Scottish Certificate of Education, 1963
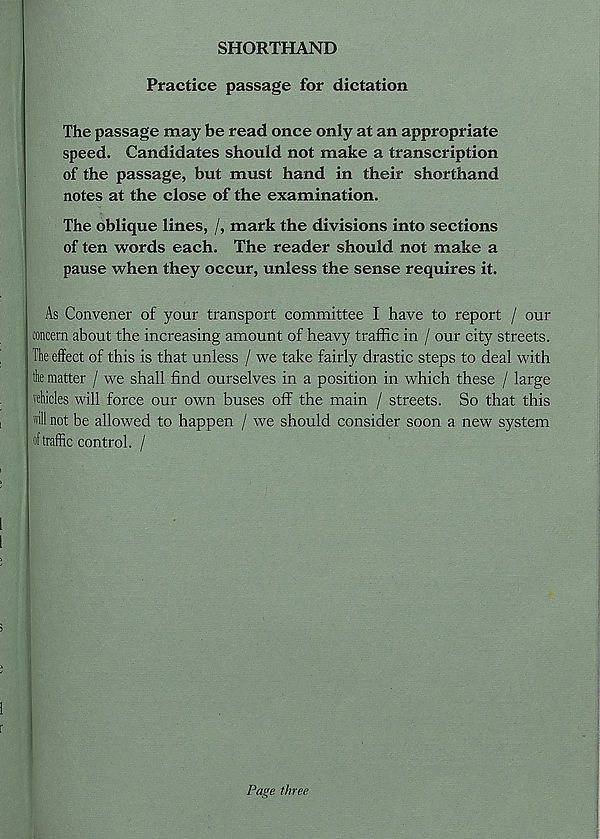
SHORTHAND
Practice passage for dictation
The passage may be read once only at an appropriate
speed. Candidates should not make a transcription
of the passage, but must hand in their shorthand
notes at the close of the examination.
The oblique lines, /, mark the divisions into sections
of ten words each. The reader should not make a
pause when they occur, unless the sense requires it.
As Convener of your transport committee I have to report / our
concern about the increasing amount of heavy traffic in / our city streets.
The effect of this is that unless / we take fairly drastic steps to deal with
the matter / we shall find ourselves in a position in which these / large
vehicles will force our own buses off the main / streets. So that this
"ill not be allowed to happen / we should consider soon a new system
of traffic control. /